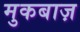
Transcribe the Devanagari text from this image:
मुकबाज़